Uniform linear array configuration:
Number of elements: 32
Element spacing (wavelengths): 0.75
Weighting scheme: binomial
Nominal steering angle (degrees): -45
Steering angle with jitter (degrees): -46.926
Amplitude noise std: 0.05
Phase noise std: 0.05

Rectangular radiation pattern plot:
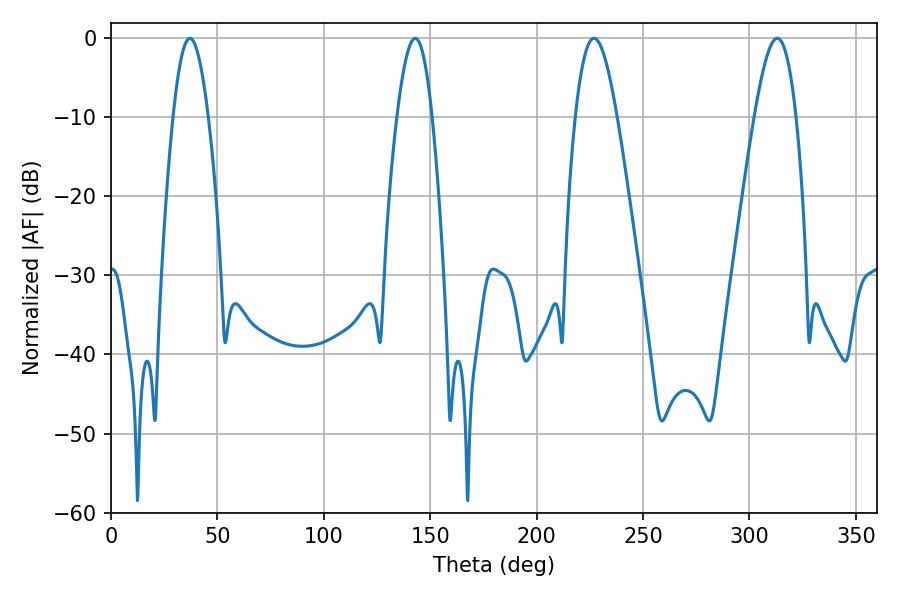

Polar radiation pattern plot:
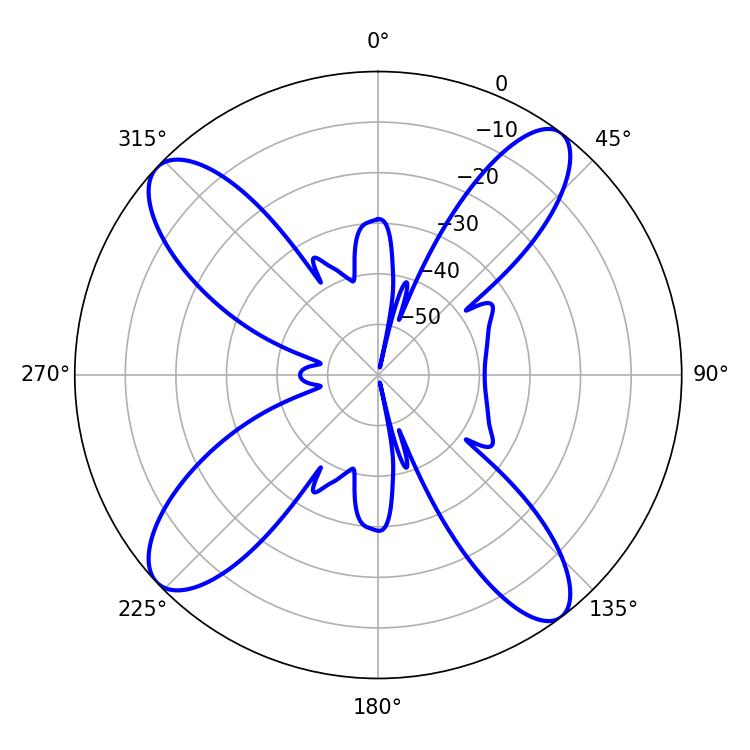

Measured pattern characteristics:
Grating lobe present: TRUE
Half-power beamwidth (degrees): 8.82
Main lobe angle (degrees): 37.08